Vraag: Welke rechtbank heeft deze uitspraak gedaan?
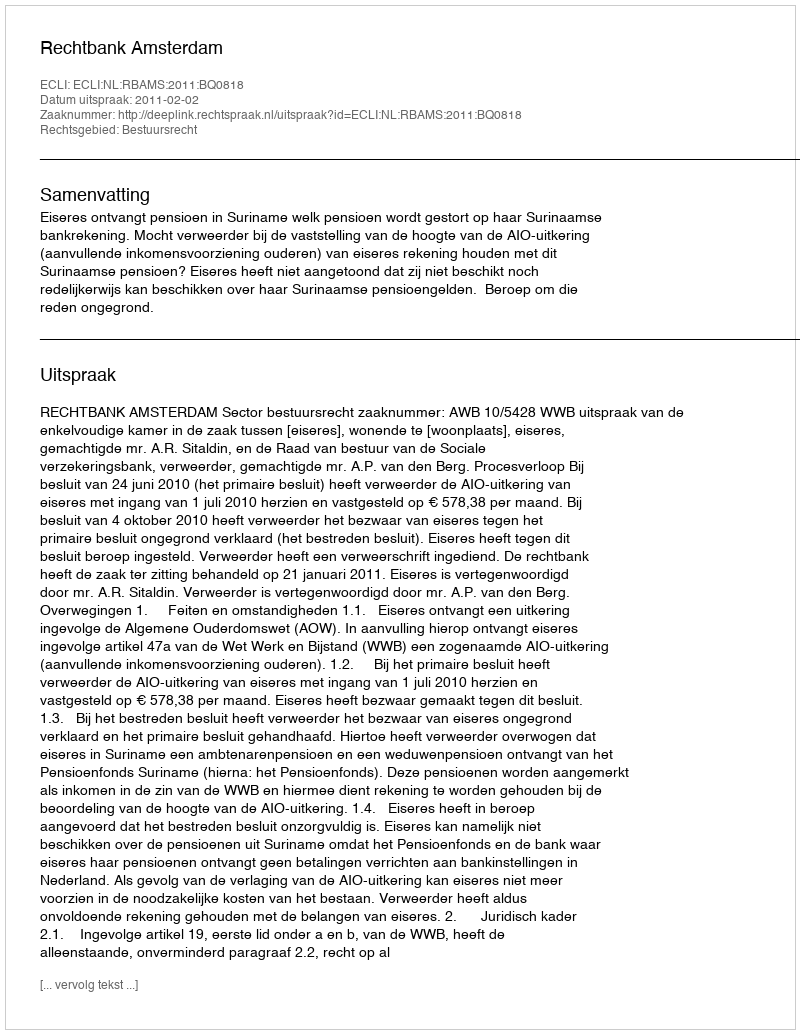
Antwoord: Rechtbank Amsterdam